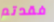
فقدتم